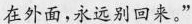
在外面,永远别回来。”